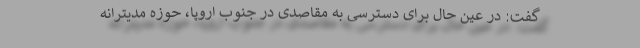
گفت: در عین حال برای دسترسی به مقاصدی در جنوب اروپا، حوزه مدیترانه